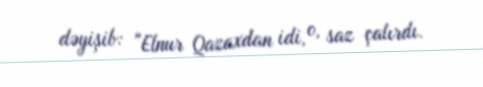
dəyişib: "Elnur Qazaxdan idi, o, saz çalırdı.